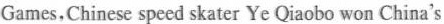
Games,Chinese speed skater Ye Qiaobo won China's